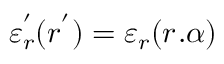
\begin{array} { r } { \varepsilon _ { r } ^ { ' } ( r ^ { ' } ) = \varepsilon _ { r } ( r ^ { } . \alpha ) } \end{array}